Annual report of the Prince of Wales Medical College, Patna
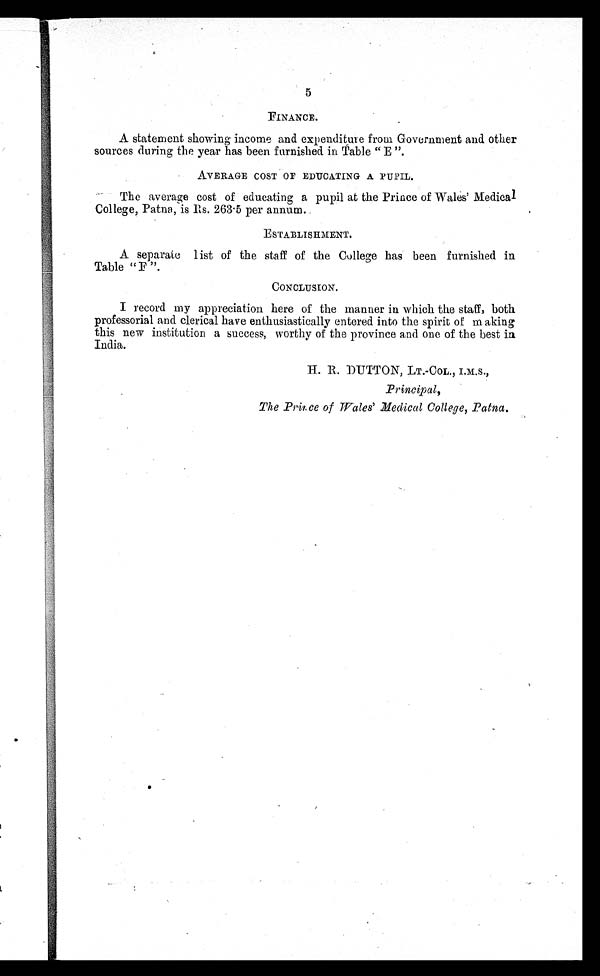
5
FINANCE.
A statement showing income and expenditure from Government and other
sources during the year has been furnished in Table " E ".
AVERAGE COST OF EDUCATING A PUPI L.
The average cost of educating a pupil at the Prince of Wales' Medical
College, Patna, is Rs. 263.5 per annum.
ESTABLISHMENT.
A separate l ist of the staff of the College has been furnished in
Table "F".
CONCLUSION.
I record my appreciation here of the manner in which the staff, both
professorial and clerical have enthusiastically entered into the spirit of making
this new institution a success, worthy of the province and one of the best in
India.
Principal,
The Prince of Wales' Medical College, Patna.